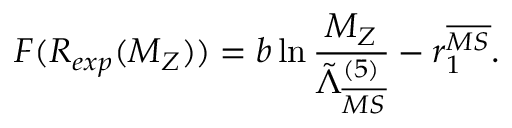
F ( R _ { e x p } ( M _ { Z } ) ) = b \ln \frac { M _ { Z } } { \tilde { \Lambda } _ { \overline { { { M S } } } } ^ { ( 5 ) } } - r _ { 1 } ^ { \overline { { { M S } } } } .